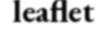
leaflet